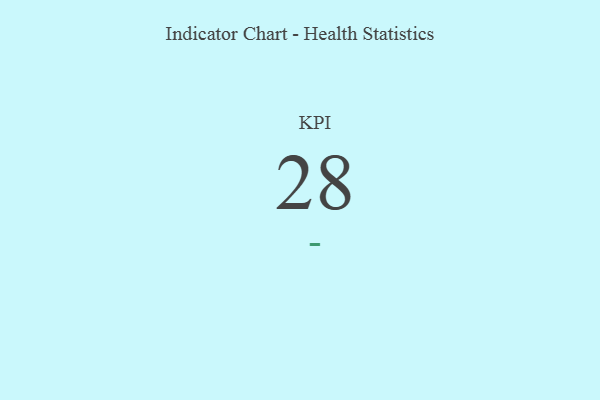
{"axis": {"x": "KPI", "y": "Value"}, "legend": [""], "data": [{"x": "KPI", "y": 28, "type": ""}]}